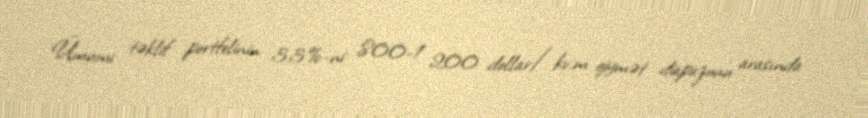
Ümumi təklif portfelinin 33%-ni 800-1 200 dollar/kv.m qiymət diapazonu arasında